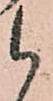
候